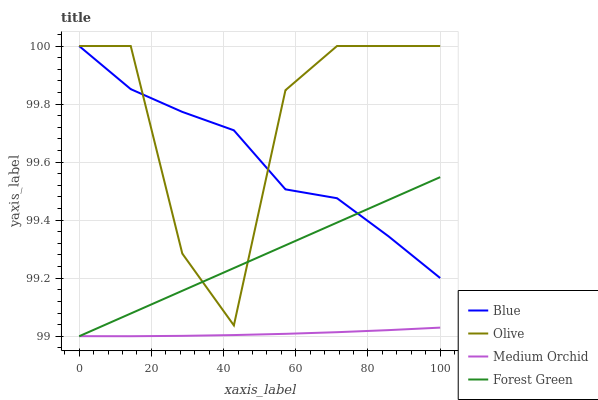
| xaxis_label | Blue | Olive | Medium Orchid | Forest Green |
 | --- | --- | --- | --- | --- |
 | 0 | 100 | 100 | 99 | 99 |
 | 14.3 | 99.9 | 100 | 99 | 99.1 |
 | 28.6 | 99.8 | 99.3 | 99 | 99.2 |
 | 42.9 | 99.7 | 99 | 99 | 99.2 |
 | 57.1 | 99.5 | 99.8 | 99 | 99.3 |
 | 71.4 | 99.5 | 100 | 99 | 99.4 |
 | 85.7 | 99.3 | 100 | 99 | 99.5 |
 | 100 | 99.2 | 100 | 99 | 99.5 |